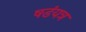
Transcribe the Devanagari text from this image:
षडंयत्र